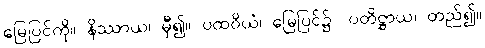
မြေပြင်ကို။ နိဿာယ၊ မှီ၍။ ပထဝိယံ၊ မြေပြင်၌။ ပတိဋ္ဌာယ၊ တည်၍။